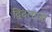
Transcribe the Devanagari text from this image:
द्विदलपत्री